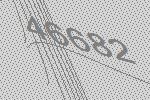
46682